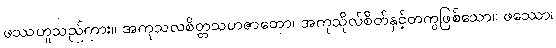
ဖဿဟူသည်ကား။ အကုသလစိတ္တသဟဇာတော၊ အကုသိုလ်စိတ်နှင့်တကွဖြစ်သော။ ဖဿော၊